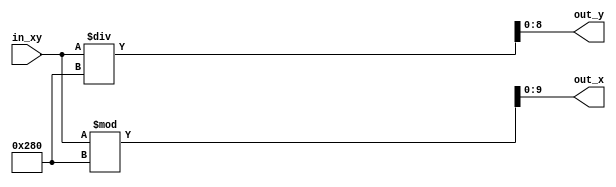
module convertXY(in_xy, out_x, out_y);
  input [18:0] in_xy;
  output [9:0] out_x;
  output [8:0] out_y;
  
  wire [9:0] col;
  
  assign col = 10'b1010000000;
  assign out_x = in_xy % col;
  assign out_y = in_xy / col;
endmodule